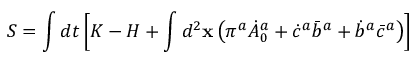
S = \int d t \left[ K - H + \int d ^ { 2 } { \bf x } \left( \pi ^ { a } \dot { A } _ { 0 } ^ { a } + \dot { c } ^ { a } { \bar { b } } ^ { a } + \dot { b } ^ { a } \bar { c } ^ { a } \right) \right]